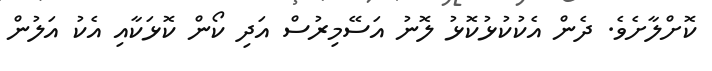
ކޮށްލާށެވެ. ދެން އެކުކުޅުކޮޅު ލޮނު އަސޭމިރުސް އަދި ކޯން ކޮޅަކާއި އެކު އަލުން